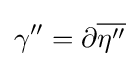
\gamma ''=\partial {\overline {\eta ''}}